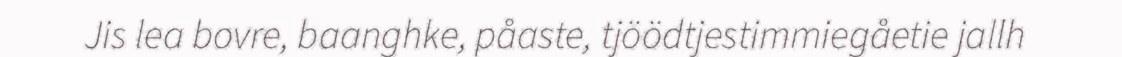
Jis lea bovre, baanghke, påaste, tjöödtjestimmiegåetie jallh